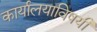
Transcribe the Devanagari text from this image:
कार्यालयाविषयी